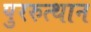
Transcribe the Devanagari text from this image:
पुररुत्थान